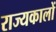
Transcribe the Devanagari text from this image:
राज्यकालों